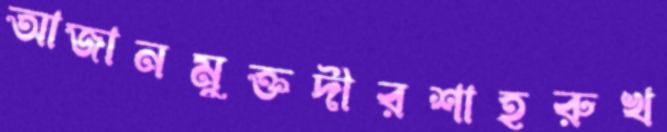
আজানমুক্তদীরশাহরুখ